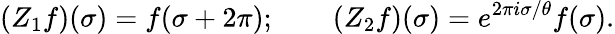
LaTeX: (Z_{1}f)(\sigma)=f(\sigma+2\pi);\qquad(Z_{2}f)(\sigma)=e^{2\pi i\sigma/\theta}f(\sigma).